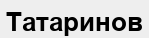
Татаринов